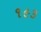
૧૯૩